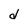
Character: d